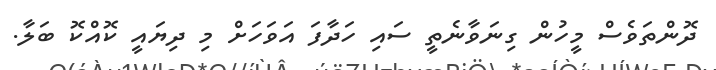
ދޮންތަވެސް މީހުން ގިނަވާނެތީ ސައި ހަދާފަ އަވަހަށް މި ދިޔައީ ކޮއްކޮ ބަލާ.